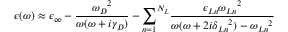
\epsilon ( \omega ) \approx \epsilon _ { \infty } - \frac { { \omega _ { D } } ^ { 2 } } { \omega ( \omega + i \gamma _ { D } ) } - { \sum _ { n = 1 } } ^ { N _ { L } } \frac { \epsilon _ { L n } { \omega _ { L n } } ^ { 2 } } { \omega ( \omega + 2 i { \delta _ { L n } } ^ { 2 } ) - { \omega _ { L n } } ^ { 2 } }